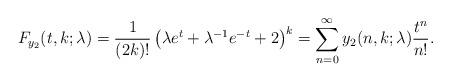
LaTeX: \begin{align*}F_{y_{2}}(t,k;\lambda )=\frac{1}{(2k)!}\left( \lambda e^{t}+\lambda^{-1}e^{-t}+2\right) ^{k}=\sum_{n=0}^{\infty }y_{2}(n,k;\lambda )\frac{t^{n}}{n!}. \end{align*}